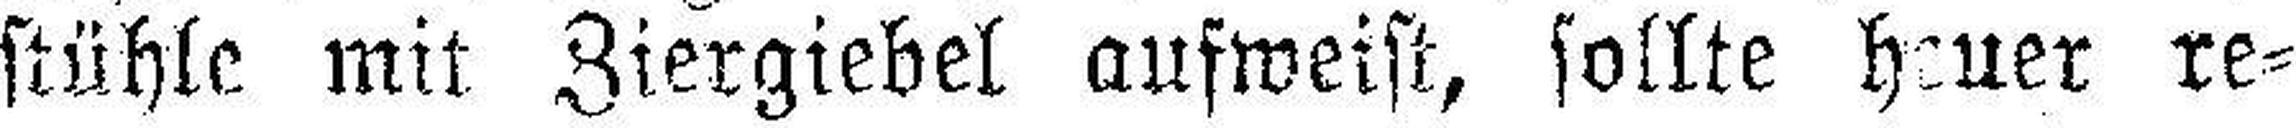
stühle mit Ziergiebel aufweist, sollte heuer re¬